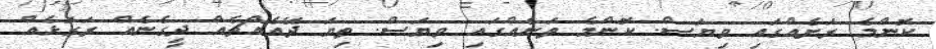
ކޮންމެ ރަށެއްގައި ވިޔަސް. ކޮންމެ ތަނެއްގައި ވިޔަސް. ތިޔަ ދޭއެއްޗެއް ދީގެނެއް ރަގަޅެއް